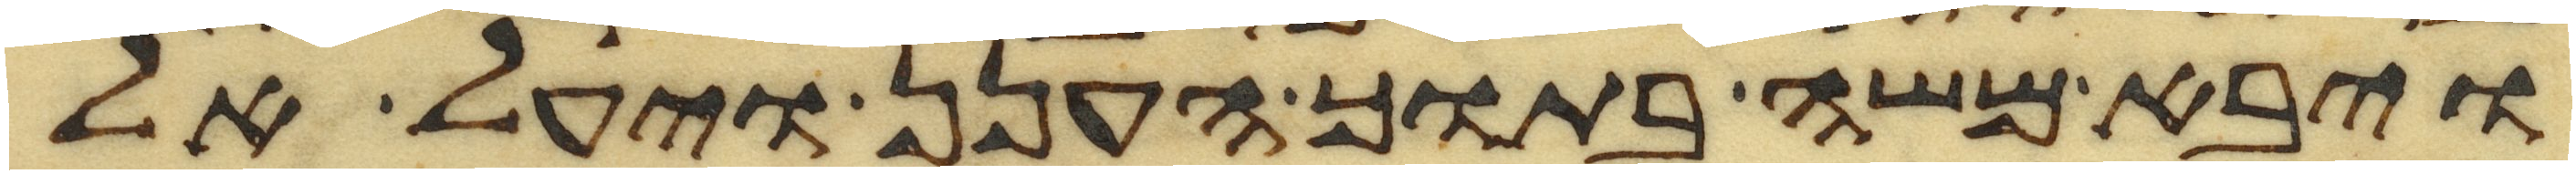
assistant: ויבא משה בתוך הענן ויעל אל